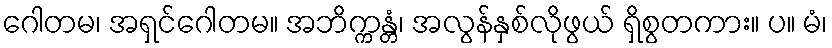
ဂေါတမ၊ အရှင်ဂေါတမ။ အဘိက္ကန္တံ၊ အလွန်နှစ်လိုဖွယ် ရှိစွတကား။ ပ။ မံ၊